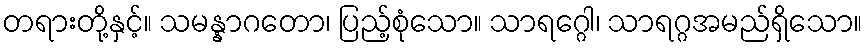
တရားတို့နှင့်။ သမန္နာဂတော၊ ပြည့်စုံသော။ သာရဂ္ဂေါ၊ သာရဂ္ဂအမည်ရှိသော။